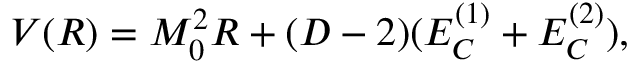
V ( R ) = M _ { 0 } ^ { 2 } R + ( D - 2 ) ( E _ { C } ^ { ( 1 ) } + E _ { C } ^ { ( 2 ) } ) ,